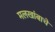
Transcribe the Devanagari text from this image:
मलखांबाचे